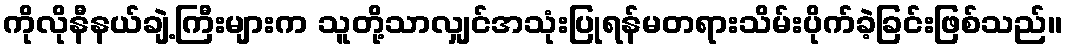
ကိုလိုနီနယ်ချဲ့ကြီးများက သူတို့သာလျှင်အသုံးပြုရန်မတရားသိမ်းပိုက်ခဲ့ခြင်းဖြစ်သည်။